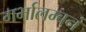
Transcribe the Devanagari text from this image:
गर्भालम्बनं